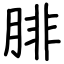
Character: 腓